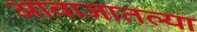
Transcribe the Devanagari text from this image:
आवाजातल्या